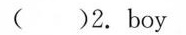
( )2.boy